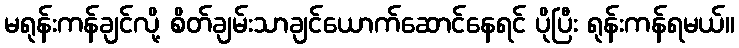
မရုန်းကန်ချင်လို့ စိတ်ချမ်းသာချင်ယောက်ဆောင်နေရင် ပိုပြီး ရုန်းကန်ရမယ်။